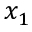
x _ { 1 }